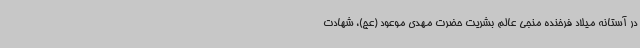
در آستانه میلاد فرخنده منجی عالم بشریت حضرت مهدی موعود (عج)، شهادت